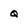
Character: q